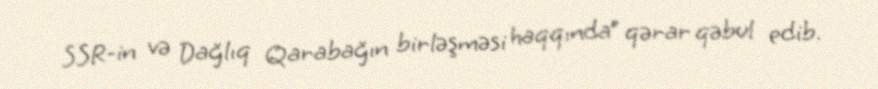
SSR-in və Dağlıq Qarabağın birləşməsi haqqında” qərar qəbul edib.